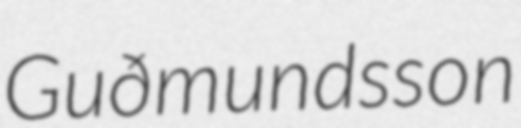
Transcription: Guðmundsson